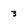
Character: 3